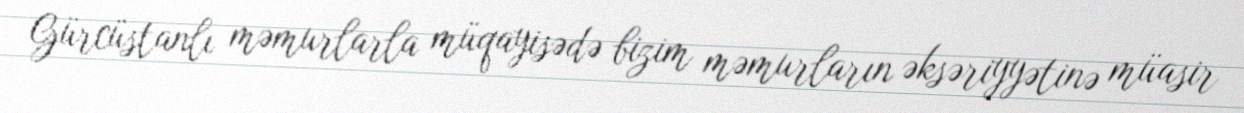
Gürcüstanlı məmurlarla müqayisədə bizim məmurların əksəriyyətinə müasir